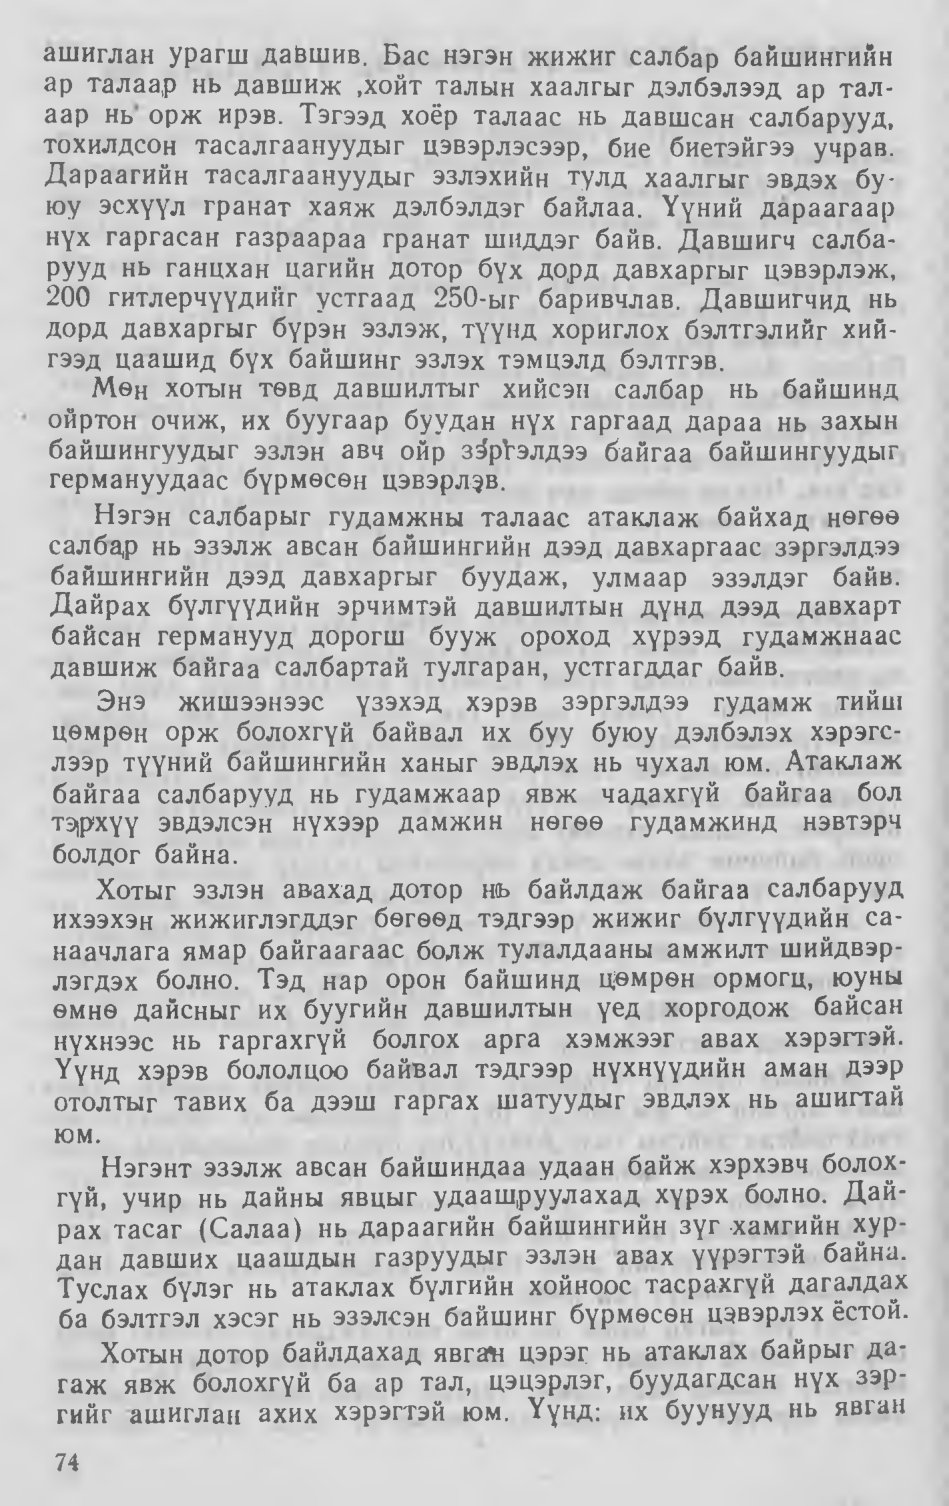
Language: mn